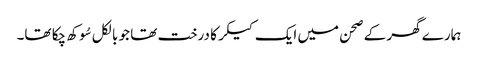
ہمارے گھر کے صحن میں ایک کیکر کا درخت تھا جو بالکل سُوکھ چکا تھا۔